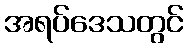
အရပ်ဒေသတွင်